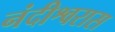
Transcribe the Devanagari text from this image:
नंदीश्वरास